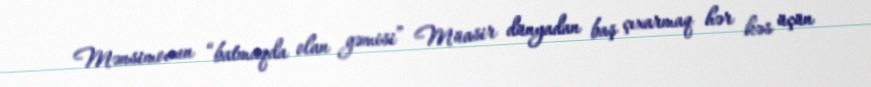
Mənsimovun “batmaqda olan gəmisi” Müasir dünyadan baş çıxarmaq hər kəs üçün